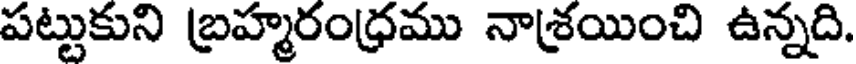
పట్టుకుని బ్రహ్మరంధ్రము నాశ్రయించి ఉన్నది.